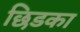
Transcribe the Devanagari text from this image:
छिडका